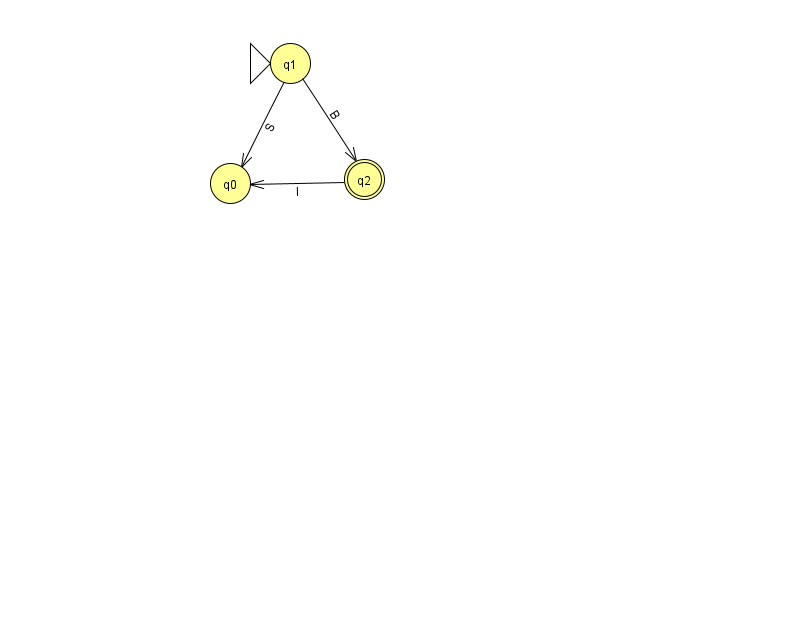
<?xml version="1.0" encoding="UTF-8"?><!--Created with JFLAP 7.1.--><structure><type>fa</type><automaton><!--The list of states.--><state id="0" name="q0"><x>230.0</x><y>170.0</y></state><state id="1" name="q1"><x>290.0</x><y>50.0</y><initial/></state><state id="2" name="q2"><x>364.0</x><y>166.0</y><final/></state><!--The list of transitions.--><transition><from>1</from><to>2</to><read>B</read></transition><transition><from>2</from><to>0</to><read>I</read></transition><transition><from>1</from><to>0</to><read>S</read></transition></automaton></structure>